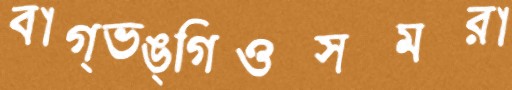
বাগ্ভঙ্গিওসমরা